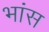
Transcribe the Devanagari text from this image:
भांस